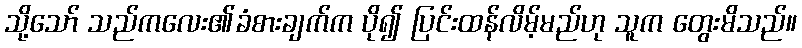
သို့သော် သည်ကလေး၏ခံစားချက်က ပို၍ ပြင်းထန်လိမ့်မည်ဟု သူက တွေးမိသည်။